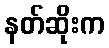
နတ်ဆိုးက